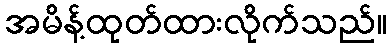
အမိန့်ထုတ်ထားလိုက်သည်။